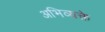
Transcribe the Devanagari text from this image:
अभिव्यक्ते